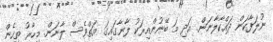
ނުލަފާކަން ދައްކާލާނަން. އަދި މަ ބޭނުންއިރަކު ލާނާގައިގަ އަތްވެސް ލާނަން. މިހާރު ތިހެން